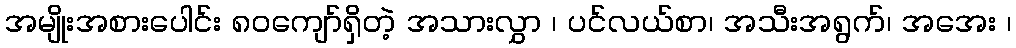
အမျိုးအစားပေါင်း ၈၀ကျော်ရှိတဲ့ အသားလွှာ ၊ ပင်လယ်စာ၊ အသီးအရွက်၊ အအေး ၊